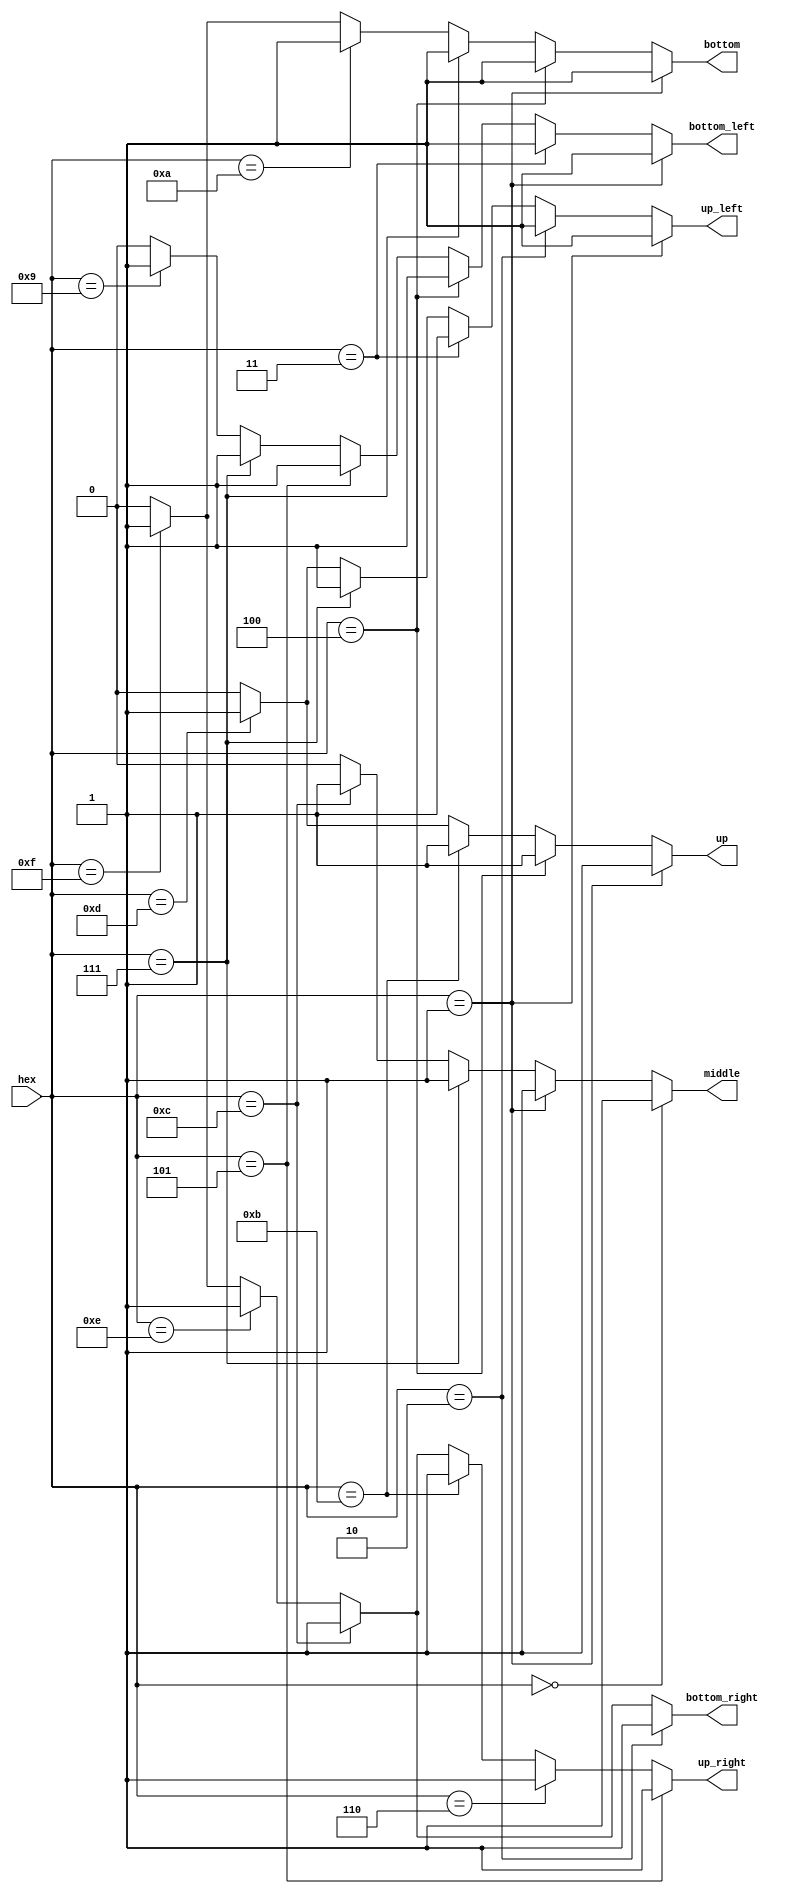
module module_hex_to_7seg (
    input wire [3:0] hex,

    output wire up,
    output wire middle,
    output wire bottom,
    output wire bottom_left,
    output wire bottom_right,
    output wire up_left,
    output wire up_right
);

    assign             up = (hex == 4'h1) ? 1'b1 :
                            (hex == 4'h4) ? 1'b1 :
                            (hex == 4'hb) ? 1'b1 :
                            (hex == 4'hd) ? 1'b1 : 1'b0;
    
    assign         middle = (hex == 4'h0) ? 1'b1 :
                            (hex == 4'h1) ? 1'b1 :
                            (hex == 4'h7) ? 1'b1 :
                            (hex == 4'hc) ? 1'b1 : 1'b0;

    assign         bottom = (hex == 4'h1) ? 1'b1 :
                            (hex == 4'h4) ? 1'b1 :
                            (hex == 4'h7) ? 1'b1 :
                            (hex == 4'ha) ? 1'b1 :
                            (hex == 4'hf) ? 1'b1 : 1'b0;
    
    assign    bottom_left = (hex == 4'h1) ? 1'b1 :
                            (hex == 4'h3) ? 1'b1 :
                            (hex == 4'h4) ? 1'b1 :
                            (hex == 4'h5) ? 1'b1 :
                            (hex == 4'h7) ? 1'b1 :
                            (hex == 4'h9) ? 1'b1 : 1'b0;

    assign   bottom_right = (hex == 4'h2) ? 1'b1 :
                            (hex == 4'hc) ? 1'b1 :
                            (hex == 4'he) ? 1'b1 :
                            (hex == 4'hf) ? 1'b1 : 1'b0;

    assign        up_left = (hex == 4'h1) ? 1'b1 :
                            (hex == 4'h2) ? 1'b1 :
                            (hex == 4'h3) ? 1'b1 :
                            (hex == 4'h7) ? 1'b1 :
                            (hex == 4'hd) ? 1'b1 : 1'b0;

    assign       up_right = (hex == 4'h5) ? 1'b1 :
                            (hex == 4'h6) ? 1'b1 :
                            (hex == 4'hb) ? 1'b1 :
                            (hex == 4'hc) ? 1'b1 :
                            (hex == 4'he) ? 1'b1 :
                            (hex == 4'hf) ? 1'b1 : 1'b0;

endmodule


module holding_register (

	input wire sw_load_left_raw,
	input wire btn_reset,
	input wire clk,
	input wire btn_load,
	input wire btn_transmit,
	input wire [7:0] sw_load_value_raw,

	output wire [7:0] leds_red,
	output wire [7:0] leds_green,

	output wire low_seg7_up,
	output wire low_seg7_middle,
	output wire low_seg7_bottom,
	output wire low_seg7_bottom_left,
	output wire low_seg7_bottom_right,
	output wire low_seg7_up_left,
	output wire low_seg7_up_right,

	output wire high_seg7_up,
	output wire high_seg7_middle,
	output wire high_seg7_bottom,
	output wire high_seg7_bottom_left,
	output wire high_seg7_bottom_right,
	output wire high_seg7_up_left,
	output wire high_seg7_up_right
	);

	reg push_transmit;
	reg push_load;
	reg sw_load_left;
	reg [7:0] sw_load_value;
	reg [7:0] shift_register_bus_red;
	reg [7:0] shift_register_bus_green;

	assign leds_red = shift_register_bus_red;
	assign leds_green = shift_register_bus_green;

	reg btn_transmit_r;
	reg btn_transmit_rr;
	reg btn_load_r;
	reg btn_load_rr;

	always @(posedge clk) begin
		btn_transmit_r <= btn_transmit;
		btn_transmit_rr <= btn_transmit_r;
		push_transmit <= btn_transmit_rr & ~btn_transmit_r;

		btn_load_r <= btn_load;
		btn_load_rr <= btn_load_r;
		push_load <= btn_load_rr & ~btn_load_r;
		
		sw_load_left <= sw_load_left_raw;
		sw_load_value <= sw_load_value_raw;
	end
	 
	 
	always @(posedge clk) begin
		if (!btn_reset) begin
			shift_register_bus_red <= 8'b0;
			shift_register_bus_green <= 8'b0;
			end
		else begin
			if (push_load)
				shift_register_bus_red <= sw_load_value;
			else if (push_transmit) begin
					shift_register_bus_red <= (shift_register_bus_red >> 1) | { sw_load_left, { 7'b0 } };
					shift_register_bus_green <= (shift_register_bus_green >> 1) | { shift_register_bus_red[0], { 7'b0 } };
			end
		end
	end
	 
	 module_hex_to_7seg
	 m_hex_to_7seg_low (
	    .hex (shift_register_bus_red[3:0]),
		 
		 .up (low_seg7_up),
       .middle (low_seg7_middle),
       .bottom (low_seg7_bottom),
       .bottom_left (low_seg7_bottom_left),
       .bottom_right (low_seg7_bottom_right),
       .up_left (low_seg7_up_left),
       .up_right (low_seg7_up_right)
	 );
	 
	 module_hex_to_7seg
	 m_hex_to_7seg_high (
	    .hex (shift_register_bus_red[7:4]),
		 
		 .up (high_seg7_up),
       .middle (high_seg7_middle),
       .bottom (high_seg7_bottom),
       .bottom_left (high_seg7_bottom_left),
       .bottom_right (high_seg7_bottom_right),
       .up_left (high_seg7_up_left),
       .up_right (high_seg7_up_right)
	 );
endmodule